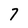
Character: 7